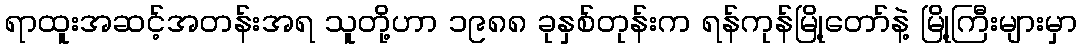
ရာထူးအဆင့်အတန်းအရ သူတို့ဟာ ၁၉၈၈ ခုနှစ်တုန်းက ရန်ကုန်မြို့တော်နဲ့ မြို့ကြီးများမှာ